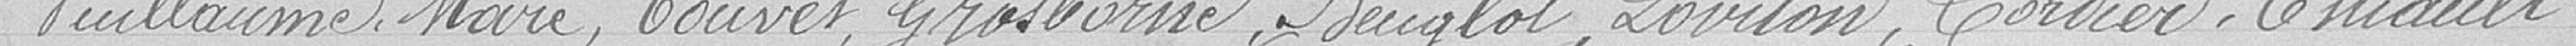
Vuillaume, Maré, Touvet, Grosborne, Beuglot, Loviton, Cordier, Thiault,